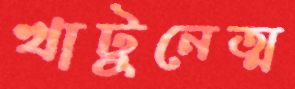
খাটুনেত্ম